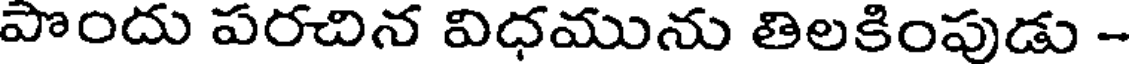
పొందు పరచిన విధమును తిలకింపుడు -